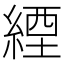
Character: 緸